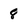
Character: 8